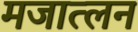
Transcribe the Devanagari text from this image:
मजात्लन